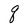
Character: q